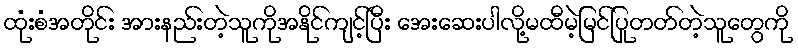
ထုံးစံအတိုင်း အားနည်းတဲ့သူကိုအနိုင်ကျင့်ပြီး အေးဆေးပါလို့မထီမဲ့မြင်ပြုတတ်တဲ့သူတွေကို